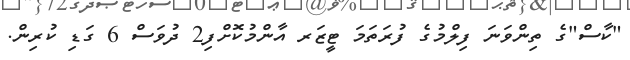
"ކާސް"ގެ ތިންވަނަ ފިލްމުގެ ފުރަތަމަ ޓީޒަރ އާންމުކޮށްފި2 ދުވަސް 6 ގަޑި ކުރިން.